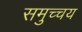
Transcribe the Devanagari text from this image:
समुच्‍चय